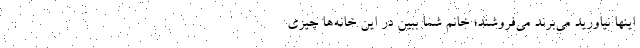
اینها نیاورید می‌برند می‌فروشند؛ خانم شما ببین در این خانه‌ها چیزی